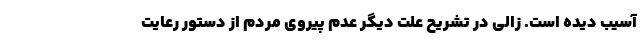
آسیب دیده است. زالی در تشریح علت دیگر عدم پیروی مردم از دستور رعایت